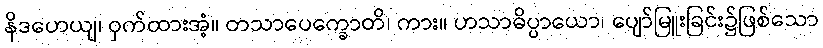
နိဒဟေယျ၊ ဝှက်ထားအံ့။ တသာပေက္ခောတိ၊ ကား။ ဟသာဓိပ္ပာယော၊ ပျော်မြူးခြင်း၌ဖြစ်သော